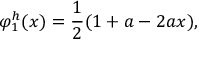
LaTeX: \varphi _ { 1 } ^ { h } ( x ) = { \frac { 1 } { 2 } } ( 1 + a - 2 a x ) ,